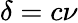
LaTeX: \delta=c\nu